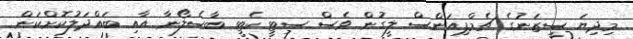
މިދިޔަ ސީޒަނުގެ ޗެމްޕިއަންސް ލީގުން ވެސް ސިޓީ ކެޓީ ބާސެލޯނާ އާއި ބައްދަލުކޮށްކަން